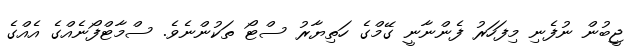
ޖީބުން ނުފެނި މިފަހަރު ފެންނާނީ ގޭމްގެ ހަތިޔާރު ސްޓޯ ތަކުންނެވެ. ސްމާޓްފޯނެއްގެ އެއްގެ